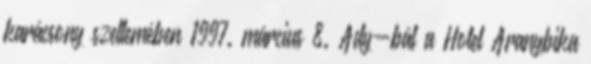
karácsony szellemében 1997. március 8. Ady-bál a Hotel Aranybika